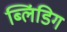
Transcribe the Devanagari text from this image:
ब्लिंडिग